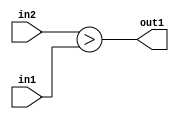
`timescale 1ps / 1ps
/*****************************************************************************
    Verilog RTL Description
    
    
    Created by: Stratus DpOpt 2019.1.01 
*******************************************************************************/

module st_feature_addr_gen_GreaterThan_16Ux19U_1U_4 (
	in2,
	in1,
	out1
	); /* architecture "behavioural" */ 
input [15:0] in2;
input [18:0] in1;
output  out1;
wire  asc001;

assign asc001 = (in2>in1);

assign out1 = asc001;
endmodule

/* CADENCE  ubHxTAg= : u9/ySgnWtBlWxVPRXgAZ4Og= ** DO NOT EDIT THIS LINE ******/